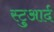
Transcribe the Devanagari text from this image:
स्टुआर्द